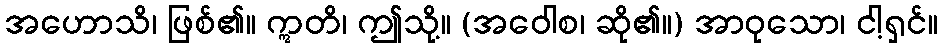
အဟောသိ၊ ဖြစ်၏။ ဣတိ၊ ဤသို့။ (အဝေါစ၊ ဆို၏။) အာဝုသော၊ ငါ့ရှင်။